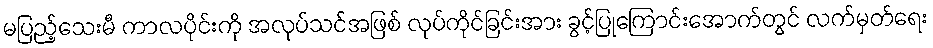
မပြည့်သေးမီ ကာလပိုင်းကို အလုပ်သင်အဖြစ် လုပ်ကိုင်ခြင်းအား ခွင့်ပြုကြောင်းအောက်တွင် လက်မှတ်ရေး